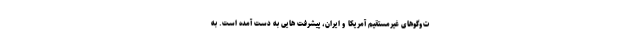
ت‌وگوهای غیرمستقیم آمریکا و ایران، پیشرفت هایی به دست آمده است. به